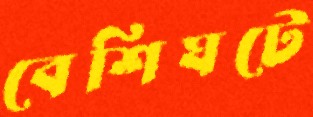
বেশিঘটে